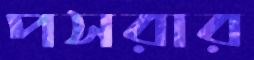
পসরার